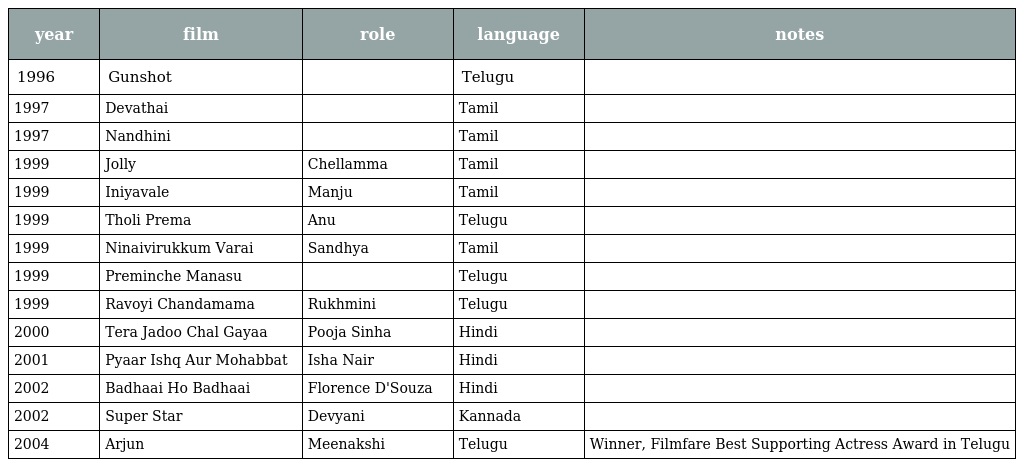
| year | film | role | language | notes |
 | --- | --- | --- | --- | --- |
 | 1996 | Gunshot |  | Telugu |  |
 | 1997 | Devathai |  | Tamil |  |
 | 1997 | Nandhini |  | Tamil |  |
 | 1999 | Jolly | Chellamma | Tamil |  |
 | 1999 | Iniyavale | Manju | Tamil |  |
 | 1999 | Tholi Prema | Anu | Telugu |  |
 | 1999 | Ninaivirukkum Varai | Sandhya | Tamil |  |
 | 1999 | Preminche Manasu |  | Telugu |  |
 | 1999 | Ravoyi Chandamama | Rukhmini | Telugu |  |
 | 2000 | Tera Jadoo Chal Gayaa | Pooja Sinha | Hindi |  |
 | 2001 | Pyaar Ishq Aur Mohabbat | Isha Nair | Hindi |  |
 | 2002 | Badhaai Ho Badhaai | Florence D'Souza | Hindi |  |
 | 2002 | Super Star | Devyani | Kannada |  |
 | 2004 | Arjun | Meenakshi | Telugu | Winner, Filmfare Best Supporting Actress Award in Telugu |